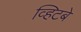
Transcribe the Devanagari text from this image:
व्हिटबे